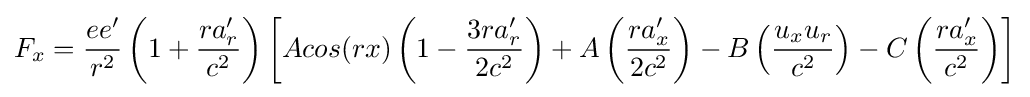
F_{x}={\frac {ee'}{r^{2}}}\left(1+{\frac {ra'_{r}}{c^{2}}}\right)\left[Acos(rx)\left(1-{\frac {3ra'_{r}}{2c^{2}}}\right)+A\left({\frac {ra'_{x}}{2c^{2}}}\right)-B\left({\frac {u_{x}u_{r}}{c^{2}}}\right)-C\left({\frac {ra'_{x}}{c^{2}}}\right)\right]